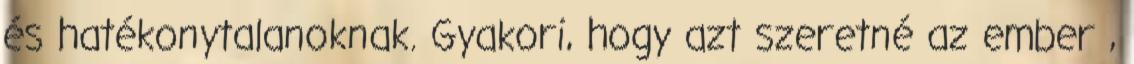
és hatékonytalanoknak. Gyakori, hogy azt szeretné az ember ,